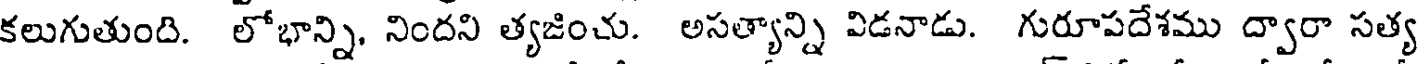
కలుగుతుంది. లోభాన్ని, నిందని త్యజించు. అసత్యాన్ని విడనాడు. గురూపదేశము ద్వారా సత్య